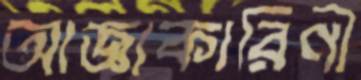
আজ্ঞাকারিণী